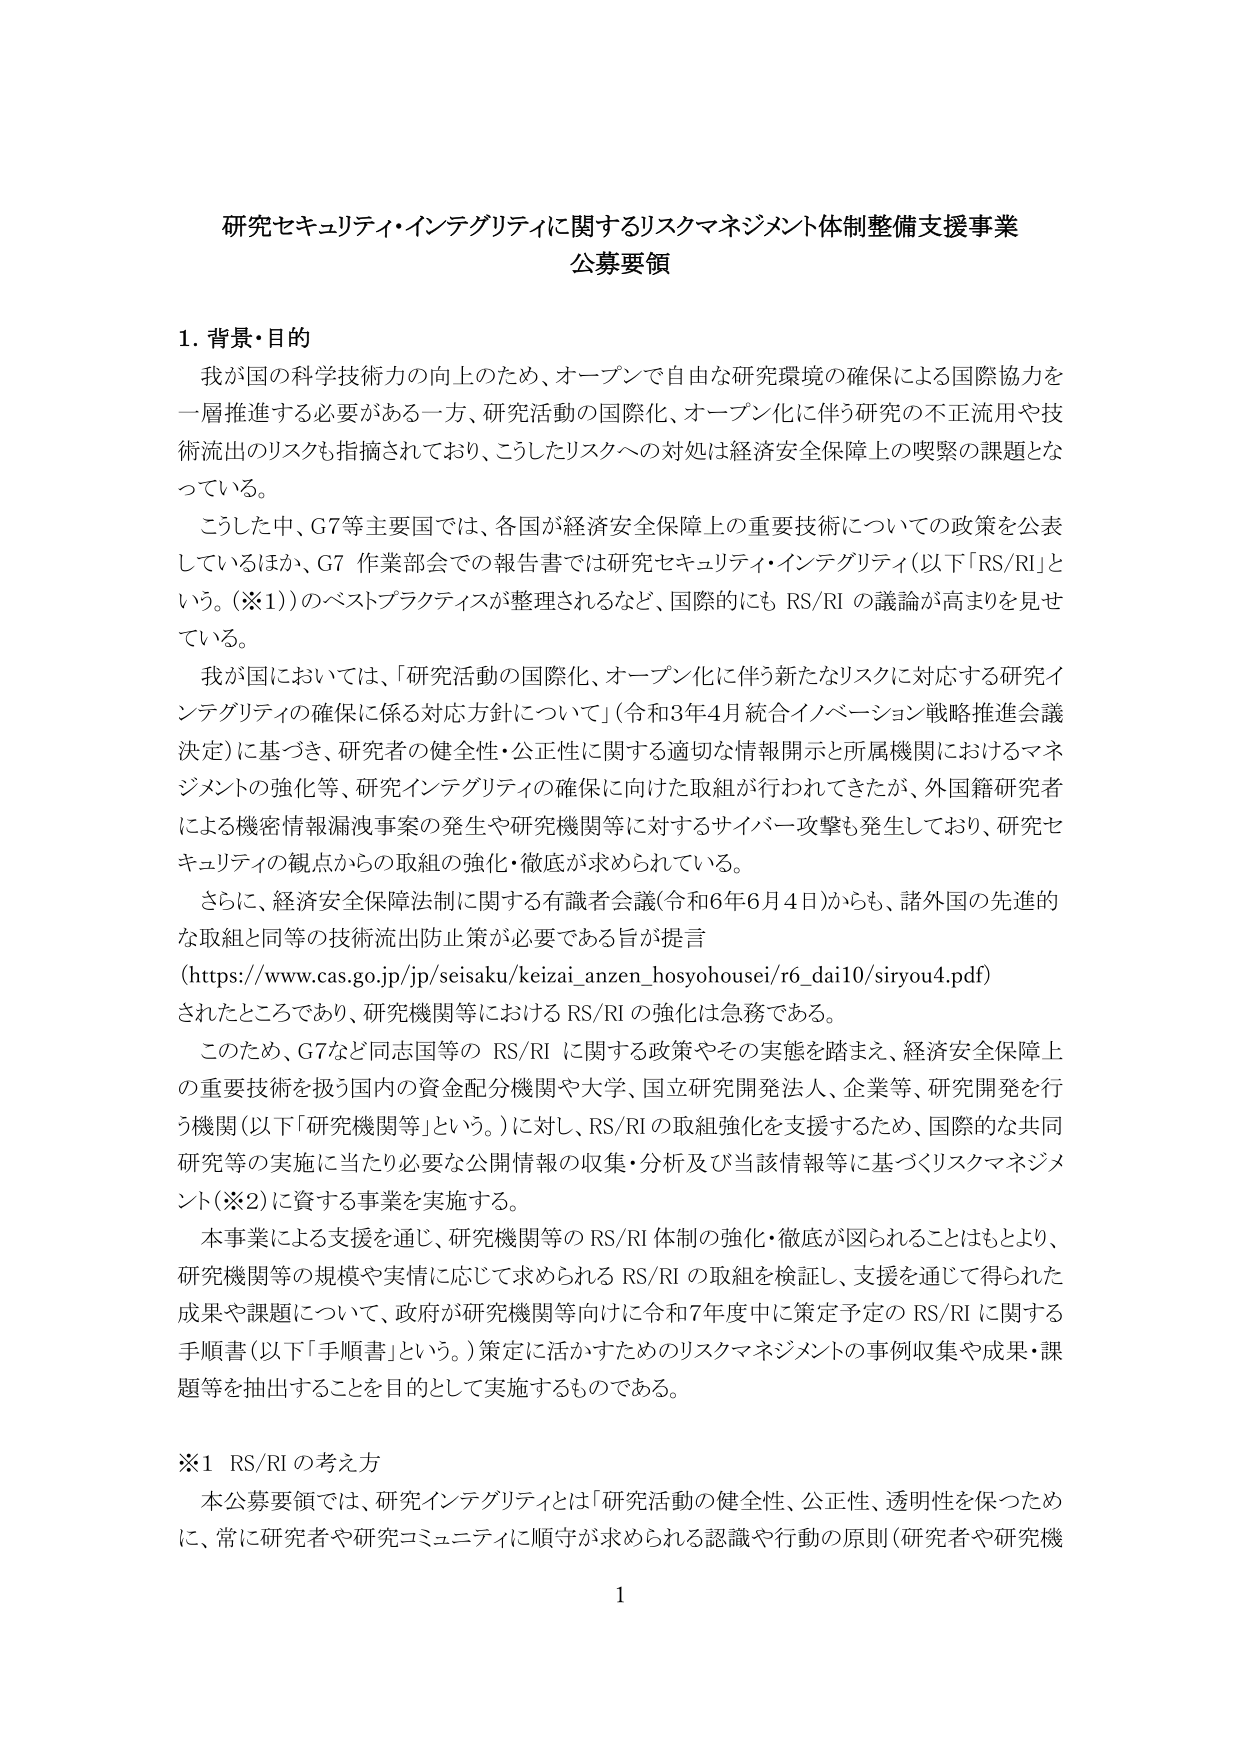
研究セキュリティ・インテグリティに関するリスクマネジメント体制整備支援事業
公募要領

1. 背景・目的
我が国の科学技術力の向上のため、オープンで自由な研究環境の確保による国際協力を一層推進する必要がある一方、研究活動の国際化、オープン化に伴う研究の不正流用や技術流出のリスクも指摘されており、こうしたリスクへの対処は経済安全保障上の喫緊の課題となっている。
こうした中、G7等主要国では、各国が経済安全保障上の重要技術についての政策を公表しているほか、G7 作業部会での報告書では研究セキュリティ・インテグリティ（以下「RS/RI」という。（※1））のベストプラクティスが整理されるなど、国際的にも RS/RI の議論が高まりを見せている。
我が国においては、「研究活動の国際化、オープン化に伴う新たなリスクに対応する研究インテグリティの確保に係る対応方針について」（令和3年4月統合イノベーション戦略推進会議決定）に基づき、研究者の健全性・公正性に関する適切な情報開示と所属機関におけるマネジメントの強化等、研究インテグリティの確保に向けた取組が行われてきたが、外国籍研究者による機密情報漏洩事案の発生や研究機関等に対するサイバー攻撃も発生しており、研究セキュリティの観点からの取組の強化・徹底が求められている。
さらに、経済安全保障法制に関する有識者会議（令和6年6月4日）からも、諸外国の先進的な取組と同等の技術流出防止策が必要である旨が提言
（https://www.cas.go.jp/jp/seisaku/keizai_anzen_hosyohousei/r6_dai10/siryou4.pdf）
されたところであり、研究機関等における RS/RI の強化は急務である。
このため、G7など同志国等の RS/RI に関する政策やその実態を踏まえ、経済安全保障上の重要技術を扱う国内の資金配分機関や大学、国立研究開発法人、企業等、研究開発を行う機関（以下「研究機関等」という。）に対し、RS/RI の取組強化を支援するため、国際的な共同研究等の実施に当たり必要な公開情報の収集・分析及び当該情報等に基づくリスクマネジメント（※2）に資する事業を実施する。
本事業による支援を通じ、研究機関等の RS/RI 体制の強化・徹底が図られることはもとより、研究機関等の規模や実情に応じて求められる RS/RI の取組を検証し、支援を通じて得られた成果や課題について、政府が研究機関等向けに令和7年度中に策定予定の RS/RI に関する手順書（以下「手順書」という。）策定に活かすためのリスクマネジメントの事例収集や成果・課題等を抽出することを目的として実施するものである。

※1 RS/RI の考え方
本公募要領では、研究インテグリティとは「研究活動の健全性、公正性、透明性を保つために、常に研究者や研究コミュニティに順守が求められる認識や行動の原則（研究者や研究機

1